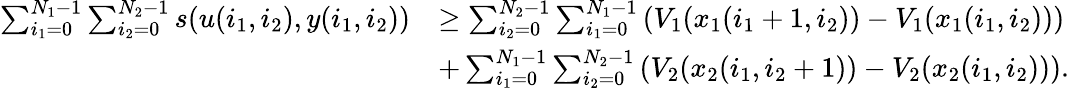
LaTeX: \begin{array}{rl}{\sum_{i_{1}=0}^{N_{1}-1}\sum_{i_{2}=0}^{N_{2}-1}s(u(i_{1},i_{2}),y(i_{1},i_{2}))}&{\geq\sum_{i_{2}=0}^{N_{2}-1}\sum_{i_{1}=0}^{N_{1}-1}\left(V_{1}(x_{1}(i_{1}+1,i_{2}))-V_{1}(x_{1}(i_{1},i_{2}))\right)}\\ &{+\sum_{i_{1}=0}^{N_{1}-1}\sum_{i_{2}=0}^{N_{2}-1}\left(V_{2}(x_{2}(i_{1},i_{2}+1))-V_{2}(x_{2}(i_{1},i_{2}))\right).}\end{array}